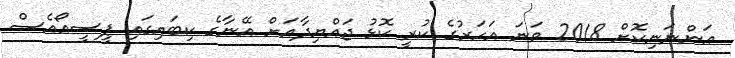
އަންނަނިކޮށް 2018 ވަނަ އަހަރުގެ ކުރީ ކޮޅު ޖައްޔިދާއަށް އޭނާގެ ކިބައިގައި ޕީސީއޯއެސް